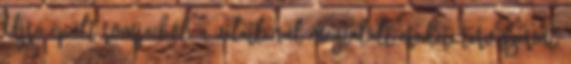
Ujra épült romjaiból, a véletlenül megtalált eredeti terv szerint,